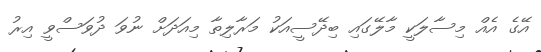
އޭގެ އެއް މިސާލަކީ މާލޭގައި ބިދޭސީއަކު މަރާލިތާ މިއަދަށް ނުވަ ދުވަސްވީ އިރު